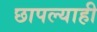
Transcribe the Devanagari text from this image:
छापल्याही